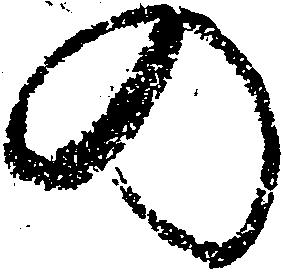
の